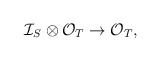
\begin{align*}\mathcal{I}_S\otimes\mathcal{O}_T\to \mathcal{O}_T,\end{align*}